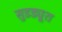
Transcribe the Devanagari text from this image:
सुडड्यूश